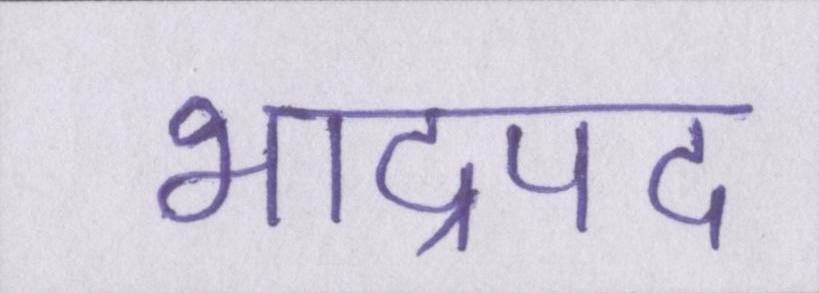
भाद्रपद